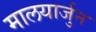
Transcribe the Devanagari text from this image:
मालयार्जुन